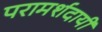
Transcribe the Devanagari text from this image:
परामर्शदायी